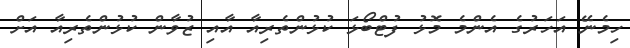
ހިމެނޭ އަހަރުގެ އެންމެ މޮޅު ފުޓްބޯޅަ ކުޅުންތެރިއާ އާއި ޒުވާން ކުޅުންތެރިއާ އަށް